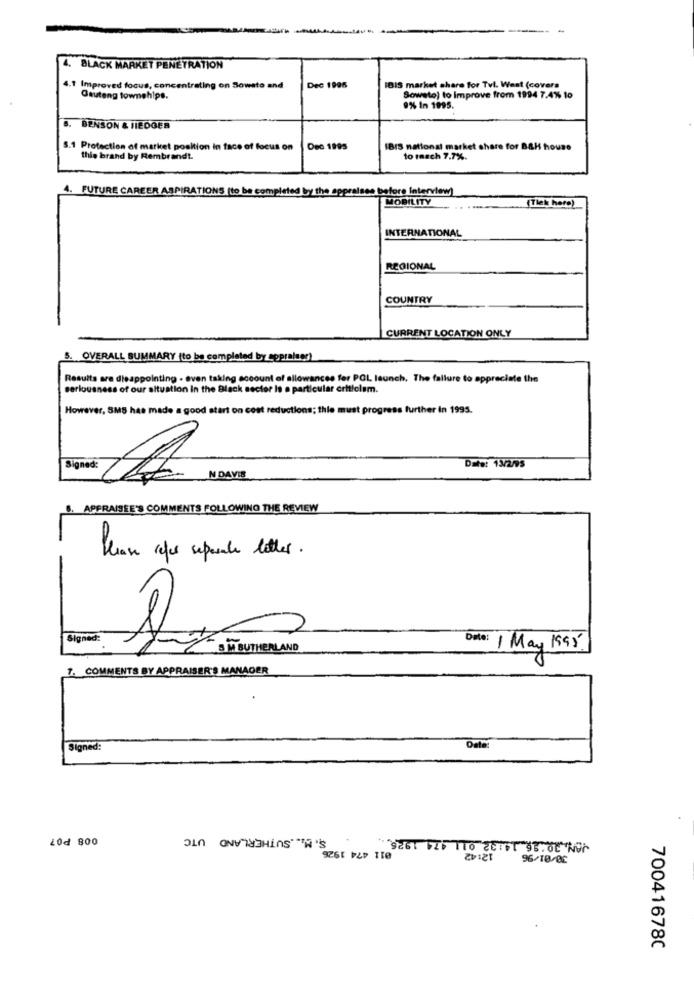
4. BLACK MARKET PENETRATION
Improved focus, concentrating on Soweto and
Dec 1996
IBIS market share for Tvl. West (covers
Gauteng townehips.
Soweto) to Improve from 1994 7.4% to
9% In 1995.
B. BENSON & IIEDGER
S.1 Protection of market position in face of focus on Dec 1995
IBIS national market share for B&H house
this brand by Rembrandt.
to rasch 7.7%.
4. FUTURE CAREER ASPIRATIONS (to be completed by the appraises before interview)
MOBILITY
(Tiek here)
INTERNATIONAL
REGIONAL
COUNTRY
CURRENT LOCATION ONLY
5. OVERALL SUMMARY (to be completed by eppralegr)
Results are disappointing - even taking account of allowances fer POL launch. The failure to appreciate the
seriousness of our situation in the Black sector is a particular criticlem.
However, SMS has made a good start on cost reductions; thie must progress further in 1995.
Signed:
Date: 13/2/95
THEN DAVIS
PPRAISEE'S COMMENTS FOLLOWING THE REVIEW
Please refer sepuale letters .
Signed
Date:
-DETSUTHERLAND
1 May 1995.
7. COMMENTS BY APPRAISER'S MANAGER
Signed:
S. M ... SUTHERLAND UTC
20d 800
011 474 1926
12:42
96/10-02
70041678C